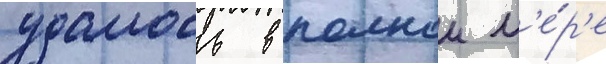
удалось в полнои м'е́р'е